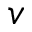
v